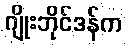
ဂျိုးဘိုင်ဒန်က